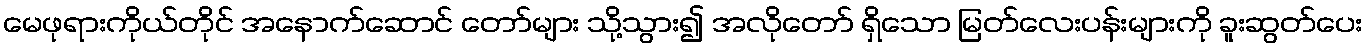
မေဖုရားကိုယ်တိုင် အနောက်ဆောင် တော်များ သို့သွား၍ အလိုတော် ရှိသော မြတ်လေးပန်းများကို ခူးဆွတ်ပေး